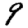
Digit: 9